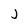
Character: j